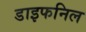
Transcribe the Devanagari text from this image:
डाइफनिल